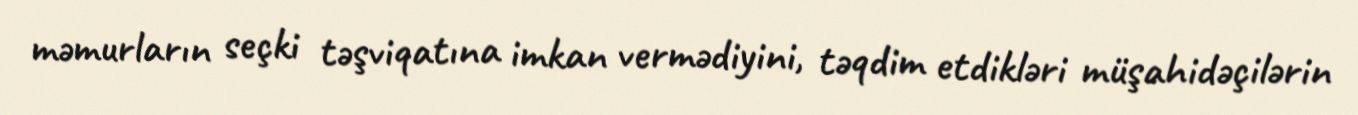
məmurların seçki təşviqatına imkan vermədiyini, təqdim etdikləri müşahidəçilərin